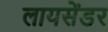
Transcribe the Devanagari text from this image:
लायसेंडर